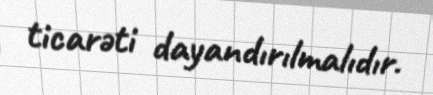
ticarəti dayandırılmalıdır.